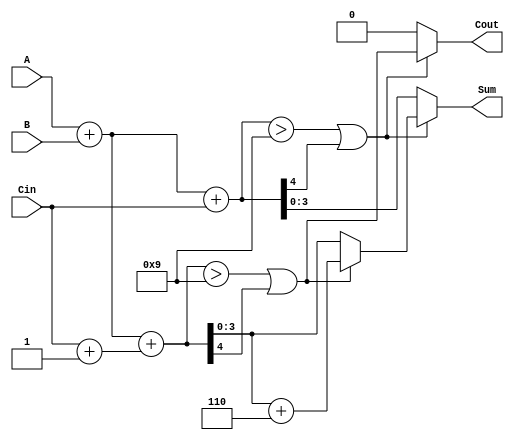
module BCD_MCSA (
    input  wire [3:0] A,      // BCD input A
    input  wire [3:0] B,      // BCD input B
    input  wire Cin,          // Carry-in
    output reg  [3:0] Sum,    // BCD output Sum
    output reg  Cout          // Carry-out
);

    // Intermediate signals
    wire [4:0] Sum0;          // Sum when carry is 0
    wire [4:0] Sum1;          // Sum when carry is 1
    wire Cout0;               // Carry-out when Sum0 is used
    wire Cout1;               // Carry-out when Sum1 is used
    
    // Initial addition
    assign Sum0 = A + B + Cin;           // Sum when carry is 0
    assign Sum1 = A + B + (Cin + 1'b1);  // Sum when carry is 1
    
    // Generate carry-out signals
    assign Cout0 = (Sum0 > 9) || (Sum0[4]); // Carry out for Sum0
    assign Cout1 = (Sum1 > 9) || (Sum1[4]); // Carry out for Sum1
    
    // BCD Correction logic
    wire [4:0] CorrectedSum0 = Cout0 ? (Sum0 + 5'd6) : Sum0; // Corrected Sum0
    wire [4:0] CorrectedSum1 = Cout1 ? (Sum1 + 5'd6) : Sum1; // Corrected Sum1
    
    // Final selection based on carry-out
    always @(*) begin
        if (Cout0) begin
            Sum = CorrectedSum1[3:0]; // Select Sum1 if Cout1 is 1
            Cout = Cout1;              // Carry-out from Sum1
        end else begin
            Sum = CorrectedSum0[3:0]; // Select Sum0 if Cout0 is 0
            Cout = Cout0;              // Carry-out from Sum0
        end
    end

endmodule